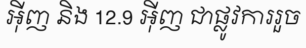
អ៊ីញ និង 12.9 អ៊ីញ ជាផ្លូវការរួច